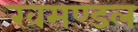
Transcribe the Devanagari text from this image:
खमण्डल